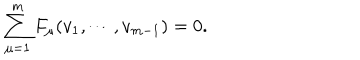
\sum _ { \mu = 1 } ^ { m } F _ { \mu } ( v _ { 1 } , \cdots , v _ { m - 1 } ) = 0 .